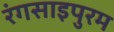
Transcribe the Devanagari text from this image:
रंगसाइपुरम